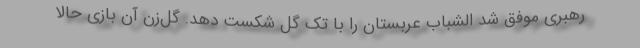
رهبری موفق شد الشباب عربستان را با تک گل شکست دهد. گل‌زن آن بازی حالا